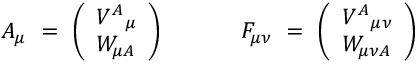
{ \cal A } _ { \mu } ~ = ~ \left( \begin{array} { l } { { V ^ { A } { } _ { \mu } } } \\ { { W _ { \mu A } } } \end{array} \right) { } ~ ~ ~ ~ ~ ~ ~ ~ ~ ~ { \cal F } _ { \mu \nu } ~ = ~ \left( \begin{array} { l } { { V ^ { A } { } _ { \mu \nu } } } \\ { { W _ { \mu \nu A } } } \end{array} \right)